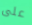
على